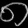
Digit: ၈